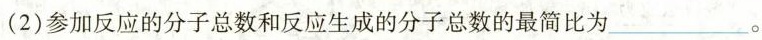
(2)参加反应的分子总数和反应生成的分子总数的最简比为___。